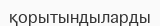
қорытындыларды